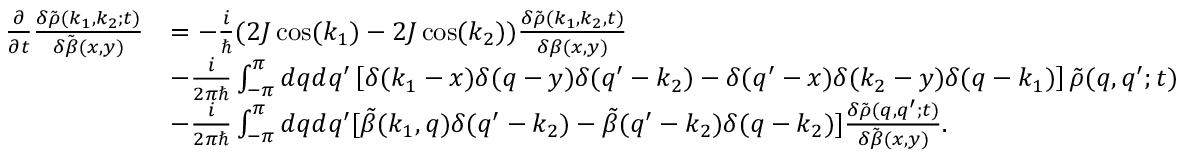
\begin{array} { r l } { \frac { \partial } { \partial t } \frac { \delta \tilde { \rho } ( k _ { 1 } , k _ { 2 } ; t ) } { \delta \tilde { \beta } ( x , y ) } } & { = - \frac { i } { \hbar } ( 2 J \cos ( k _ { 1 } ) - 2 J \cos ( k _ { 2 } ) ) \frac { \delta \tilde { \rho } ( k _ { 1 } , k _ { 2 } , t ) } { \delta \beta ( x , y ) } } \\ & { - \frac { i } { 2 \pi \hbar } \int _ { - \pi } ^ { \pi } d q d q ^ { \prime } \left[ \delta ( k _ { 1 } - x ) \delta ( q - y ) \delta ( q ^ { \prime } - k _ { 2 } ) - \delta ( q ^ { \prime } - x ) \delta ( k _ { 2 } - y ) \delta ( q - k _ { 1 } ) \right] \tilde { \rho } ( q , q ^ { \prime } ; t ) } \\ & { - \frac { i } { 2 \pi \hbar } \int _ { - \pi } ^ { \pi } d q d q ^ { \prime } [ \tilde { \beta } ( k _ { 1 } , q ) \delta ( q ^ { \prime } - k _ { 2 } ) - \tilde { \beta } ( q ^ { \prime } - k _ { 2 } ) \delta ( q - k _ { 2 } ) ] \frac { \delta \tilde { \rho } ( q , q ^ { \prime } ; t ) } { \delta \tilde { \beta } ( x , y ) } . } \end{array}